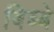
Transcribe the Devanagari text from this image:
बिब्बे